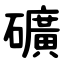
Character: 礦